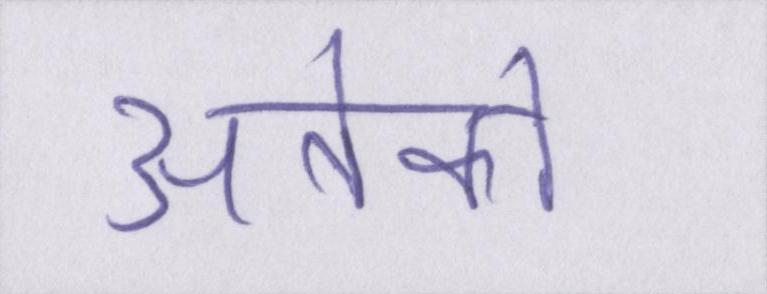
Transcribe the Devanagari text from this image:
अनेको